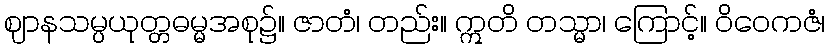
ဈာနသမ္ပယုတ္တဓမ္မအစု၌။ ဇာတံ၊ တည်း။ ဣတိ တသ္မာ၊ ကြောင့်။ ဝိဝေကဇံ၊